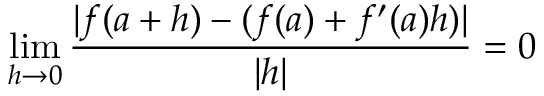
\operatorname* { l i m } _ { h \to 0 } { \frac { | f ( a + h ) - ( f ( a ) + f ^ { \prime } ( a ) h ) | } { | h | } } = 0